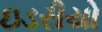
ઇડરીયો